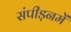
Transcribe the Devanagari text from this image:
संपीड़नमें